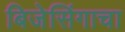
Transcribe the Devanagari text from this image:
बिजेसिंगाचा